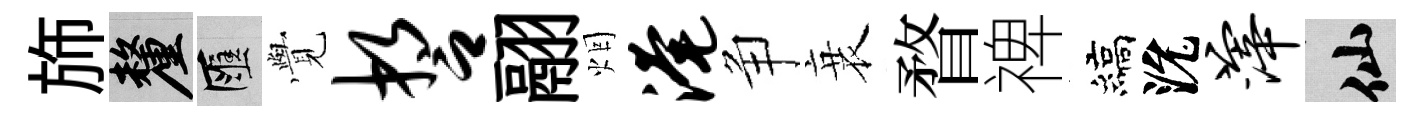
斾厘匯𮗜誓翮烟淹争衰瞀禆縞沇滓仙